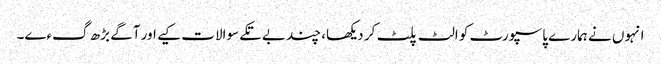
انہوں نے ہمارے پاسپورٹ کو الٹ پلٹ کر دیکھا، چند بے تکے سوالات کیے اور آگے بڑھ گءے۔